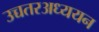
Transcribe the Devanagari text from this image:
उच्चतरअध्ययन